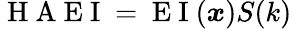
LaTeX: \mathrm{~H~A~E~I~}=\mathrm{~E~I~}(\boldsymbol{x})S(k)